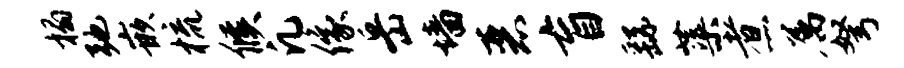
榻弛嵌梳候凡像岳墙恶盲繇蕖煮属弩